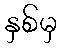
နှစ်မှ